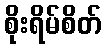
စိုးရိမ်စိတ်